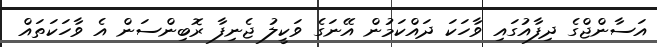
އަސާންޖްގެ ދިފާއުގައި ވާހަކަ ދައްކަމުން އޭނަގެ ވަކީލު ޖެނިފާ ރޮބިންސަން އެ ވާހަކަތައް